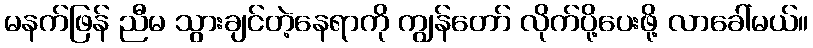
မနက်ဖြန် ညီမ သွားချင်တဲ့နေရာကို ကျွန်တော် လိုက်ပို့ပေးဖို့ လာခေါ်မယ်။